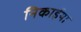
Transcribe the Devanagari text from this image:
निकाईया